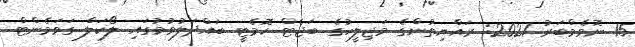
15 ނޮވެމްބަރު 2021: ރައްޔިތުންގެ މަޖިލީހުގެ ބަޖެޓް ކޮމެޓީ ބައްދަލުވުމުގައި ލޯކަލް ގަވަމެންޓް